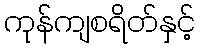
ကုန်ကျစရိတ်နှင့်